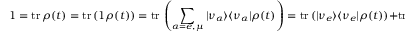
1 = \mathrm { t r \, } \rho ( t ) = \mathrm { t r \, } ( 1 \rho ( t ) ) = \mathrm { t r \, } \left( \sum _ { \alpha = e , \mu } \vert \nu _ { \alpha } \rangle \langle \nu _ { \alpha } \vert \rho ( t ) \right) = \mathrm { t r \, } ( \vert \nu _ { e } \rangle \langle \nu _ { e } \vert \rho ( t ) ) + \mathrm { t r \, } ( \vert \nu _ { \mu } \rangle \langle \nu _ { \mu } \vert \rho ( t ) ) = P _ { e e } ( t ) + P _ { e \mu } ( t ) .